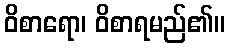
ဝိစာရော၊ ဝိစာရမည်၏။